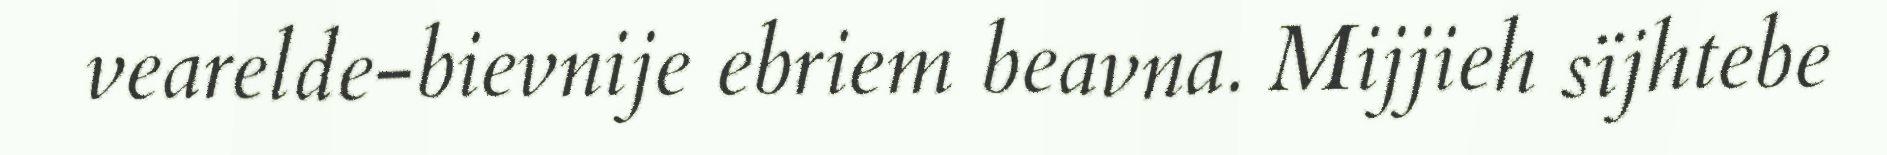
vearelde-bievnije ebriem beavna. Mijjieh sïjhtebe